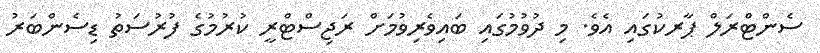
ސެންޓްރަލް ޕާރކުގައި އެވެ. މި ދުވުމުގައި ބައިވެރިވުމަށް ރަޖިސްޓްރީ ކުރުމުގެ ފުރުސަތު ޑިސެންބަރު